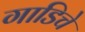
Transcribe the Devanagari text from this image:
गाडिचे